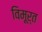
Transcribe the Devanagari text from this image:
विमूर्त